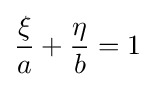
{\frac {\xi }{a}}+{\frac {\eta }{b}}=1